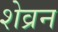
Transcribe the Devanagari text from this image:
शेव्रन